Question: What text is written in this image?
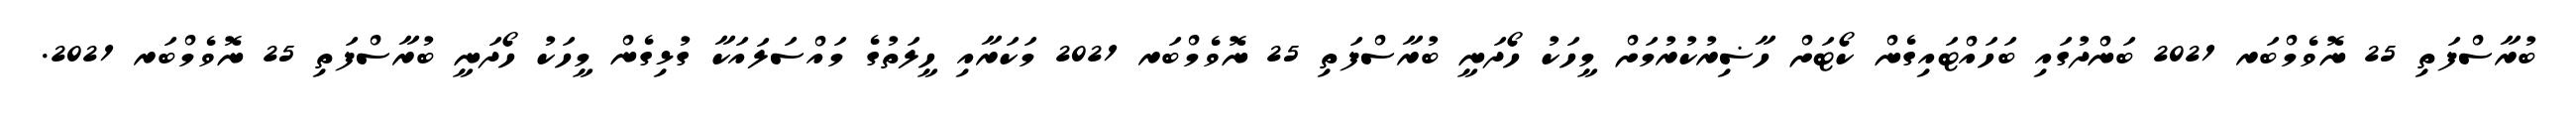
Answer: ބުރާސްފަތި 25 ނޮވެމްބަރ 2021 ބަންދުގައި ބަހައްޓައިގެން ކޯޓަށް ހާޟިރުކުރުމަށް މީހަކު ހޯދަނީ ބުރާސްފަތި 25 ނޮވެމްބަރ 2021 މަކަރާއި ހީލަތުގެ މައްސަލައަކާ ގުޅިގެން މީހަކު ހޯދަނީ ބުރާސްފަތި 25 ނޮވެމްބަރ 2021.